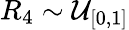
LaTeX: R_{4}\sim\mathcal{U}_{[0,1]}